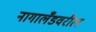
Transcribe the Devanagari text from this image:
नागालँडवरील